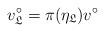
LaTeX: \begin{align*} v^{\circ}_{\mathfrak{L}} = \pi(\eta_{\mathfrak{L}})v^{\circ}\end{align*}